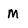
Character: M